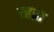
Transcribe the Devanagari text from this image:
च्हता